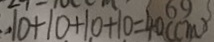
1 0 + 1 0 + 1 0 + 1 0 = 4 0 ( c m )